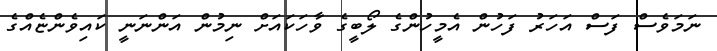
ނަމަވެސް ފަސް އަހަރު ފަހުން އެމީހުންގެ ލޯބީގެ ވާހަކައަށް ނިމުން އަންނަނީ ކައިވެންޏެއްގެ